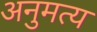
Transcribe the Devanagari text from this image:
अनुमत्य